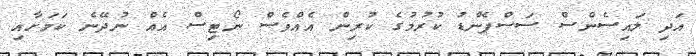
އަދި ލައިސެންސް ސަސްޕެންޑު ކުރުމުގެ ކުރިން އެއްވެސް ނޯޓިސް އެއް ނުދޭނެ ކަމަށާއި